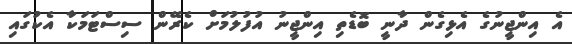
އެ އިންޖީނުގެ އެޅިގެން ދާނީ ބޮޑެތި އިންޖީނު އުފުލުމަށް ކެރޭން ސިސްޓަމަކާ އެކުގައި